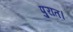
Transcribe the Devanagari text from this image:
पुरात।